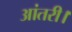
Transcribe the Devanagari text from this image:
आंतरी।